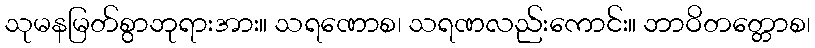
သုမနမြတ်စွာဘုရားအား။ သရဏောစ၊ သရဏလည်းကောင်း။ ဘာဝိတတ္တောစ၊